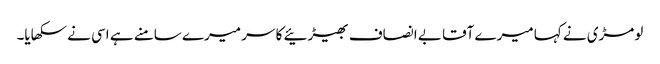
لومڑی نے کہا میرے آقا بے انصاف بھیڑئیے کا سر میرے سامنے ہے اسی نے سکھایا۔